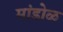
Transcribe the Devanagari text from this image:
मांडोळ